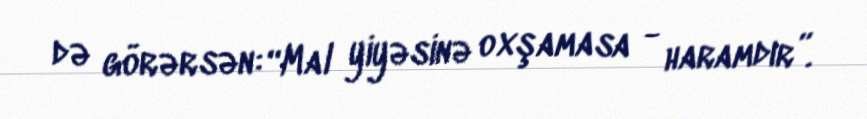
də görərsən: “Mal yiyəsinə oxşamasa - haramdır”.